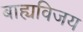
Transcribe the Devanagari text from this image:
बाह्यविजय